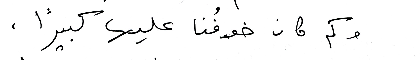
وكم كان خوفُنا عليها كبيرًا ،